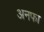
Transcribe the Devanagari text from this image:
अनफा